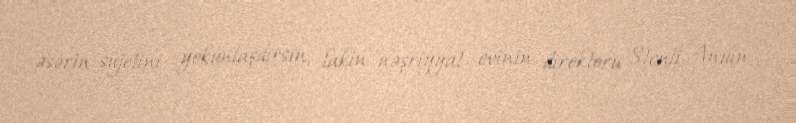
əsərin süjetini yekunlaşdırsın, lakin nəşriyyat evinin direktoru Stenli Anuin